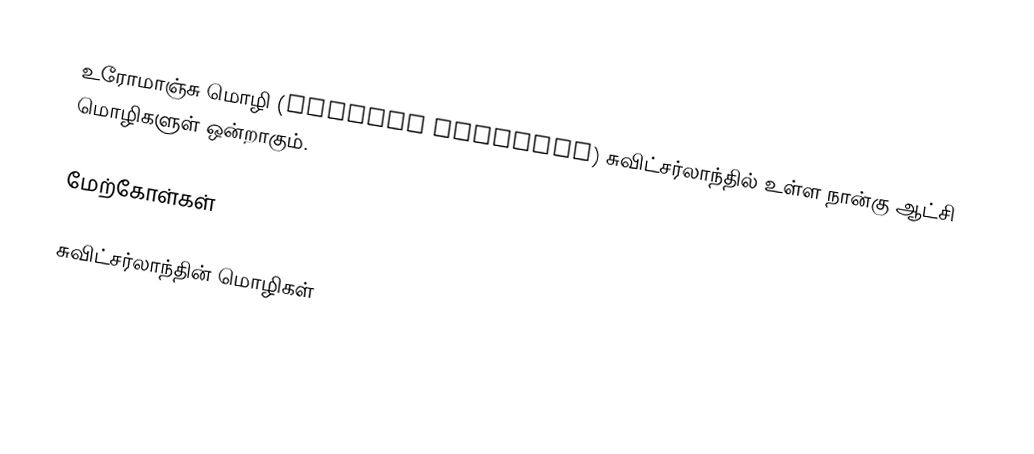
உரோமாஞ்சு மொழி (Romansh language) சுவிட்சர்லாந்தில் உள்ள நான்கு ஆட்சி மொழிகளுள் ஒன்றாகும்.

மேற்கோள்கள்

சுவிட்சர்லாந்தின் மொழிகள்